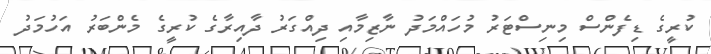
ކުރީގެ ޑިފެންސް މިނިސްޓަރު މުހައްމަދު ނާޒިމާއި ދިއްގަރު ދާއިރާގެ ކުރީގެ މެންބަރު އަހުމަދު